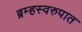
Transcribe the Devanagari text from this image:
ब्रम्हस्वरुपात